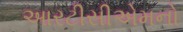
આરટીસીએમનો